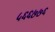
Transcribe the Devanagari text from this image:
५६६७७६